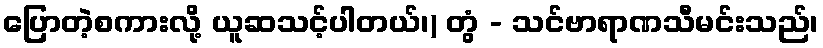
ပြောတဲ့စကားလို့ ယူဆသင့်ပါတယ်၊) တွံ - သင်ဗာရာဏသီမင်းသည်၊